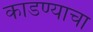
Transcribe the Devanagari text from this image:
काडण्याचा